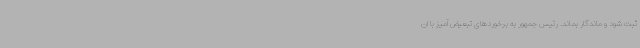
ثبت شود و ماندگار بماند. رئیس جمهور به برخوردهای تبعیض آمیز با ان